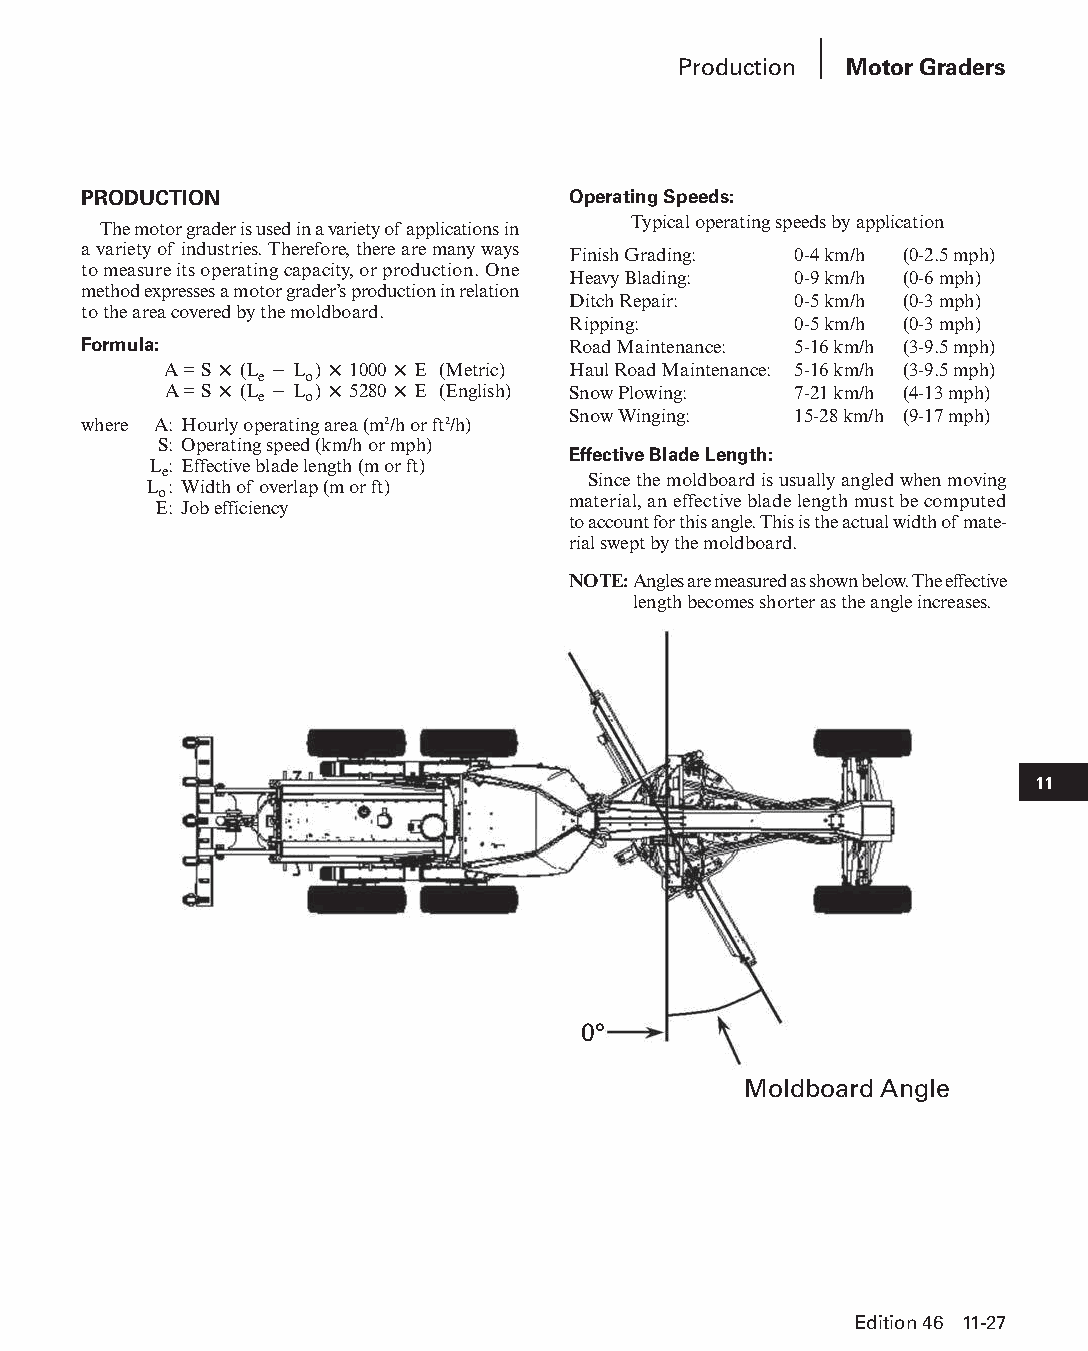
Production Motor Graders
 PRODUCTION                      Operating Speeds:
 Typical operating speeds by application
 The motor grader is used in a variety of applications in
 a variety of industries. Therefore, there are many ways Finish Grading: 0-4 km/h (0-2.5 mph)
 to measure its operating capacity, or production. One
 Heavy Blading: 0-9 km/h (0-6 mph)
 method expresses a motor grader’s production in relation
 Ditch Repair:  0-5 km/h (0-3 mph)
 to the area covered by the moldboard.
 Ripping:       0-5 km/h (0-3 mph)
 Formula:                        Road Maintenance: 5-16 km/h (3-9.5 mph)
 A = S × (L − L ) × 1000 × E (Metric) Haul Road Maintenance: 5-16 km/h (3-9.5 mph)
 e   o
 A = S × (L e − L o) × 5280 × E (English) Snow Plowing: 7-21 km/h (4-13 mph)
 Snow Winging:  15-28 km/h (9-17 mph)
 where A: Hourly operating area (m2/h or ft2/h)
 S: Operating speed (km/h or mph)
 Effective Blade Length:
 L : Effective blade length (m or ft)
 e
 Since the moldboard is usually angled when moving
 L : Width of overlap (m or ft)
 o
 material, an effective blade length must be computed
 E: Job efficiency
 to account for this angle. This is the actual width of mate-
 rial swept by the moldboard.
 NOTE: Angles are measured as shown below. The effec tive
 length becomes shorter as the angle increases.
 11
 0°
 Moldboard Angle
 Edition 46 11-27
 PPHHBB--SSeecc1111--1166..iinndddd 2277                        1122//44//1155 1100::4466 AAMM